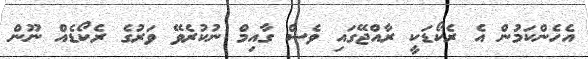
އެހެންކަމުން އެ ރެކޯޑަކީ ރާއްޖޭގައި ވެސް ގާއިމް ނުކުރެވޭ ވަރުގެ ރެކޯޑެއް ނޫން